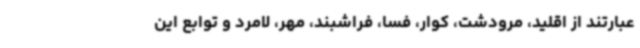
عبارتند از اقلید، مرودشت، کوار، فسا، فراشبند، مهر، لامرد و توابع این